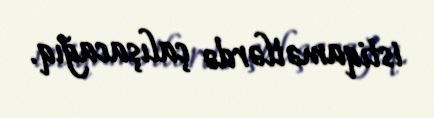
istiqamətlərdə çalışacağıq.